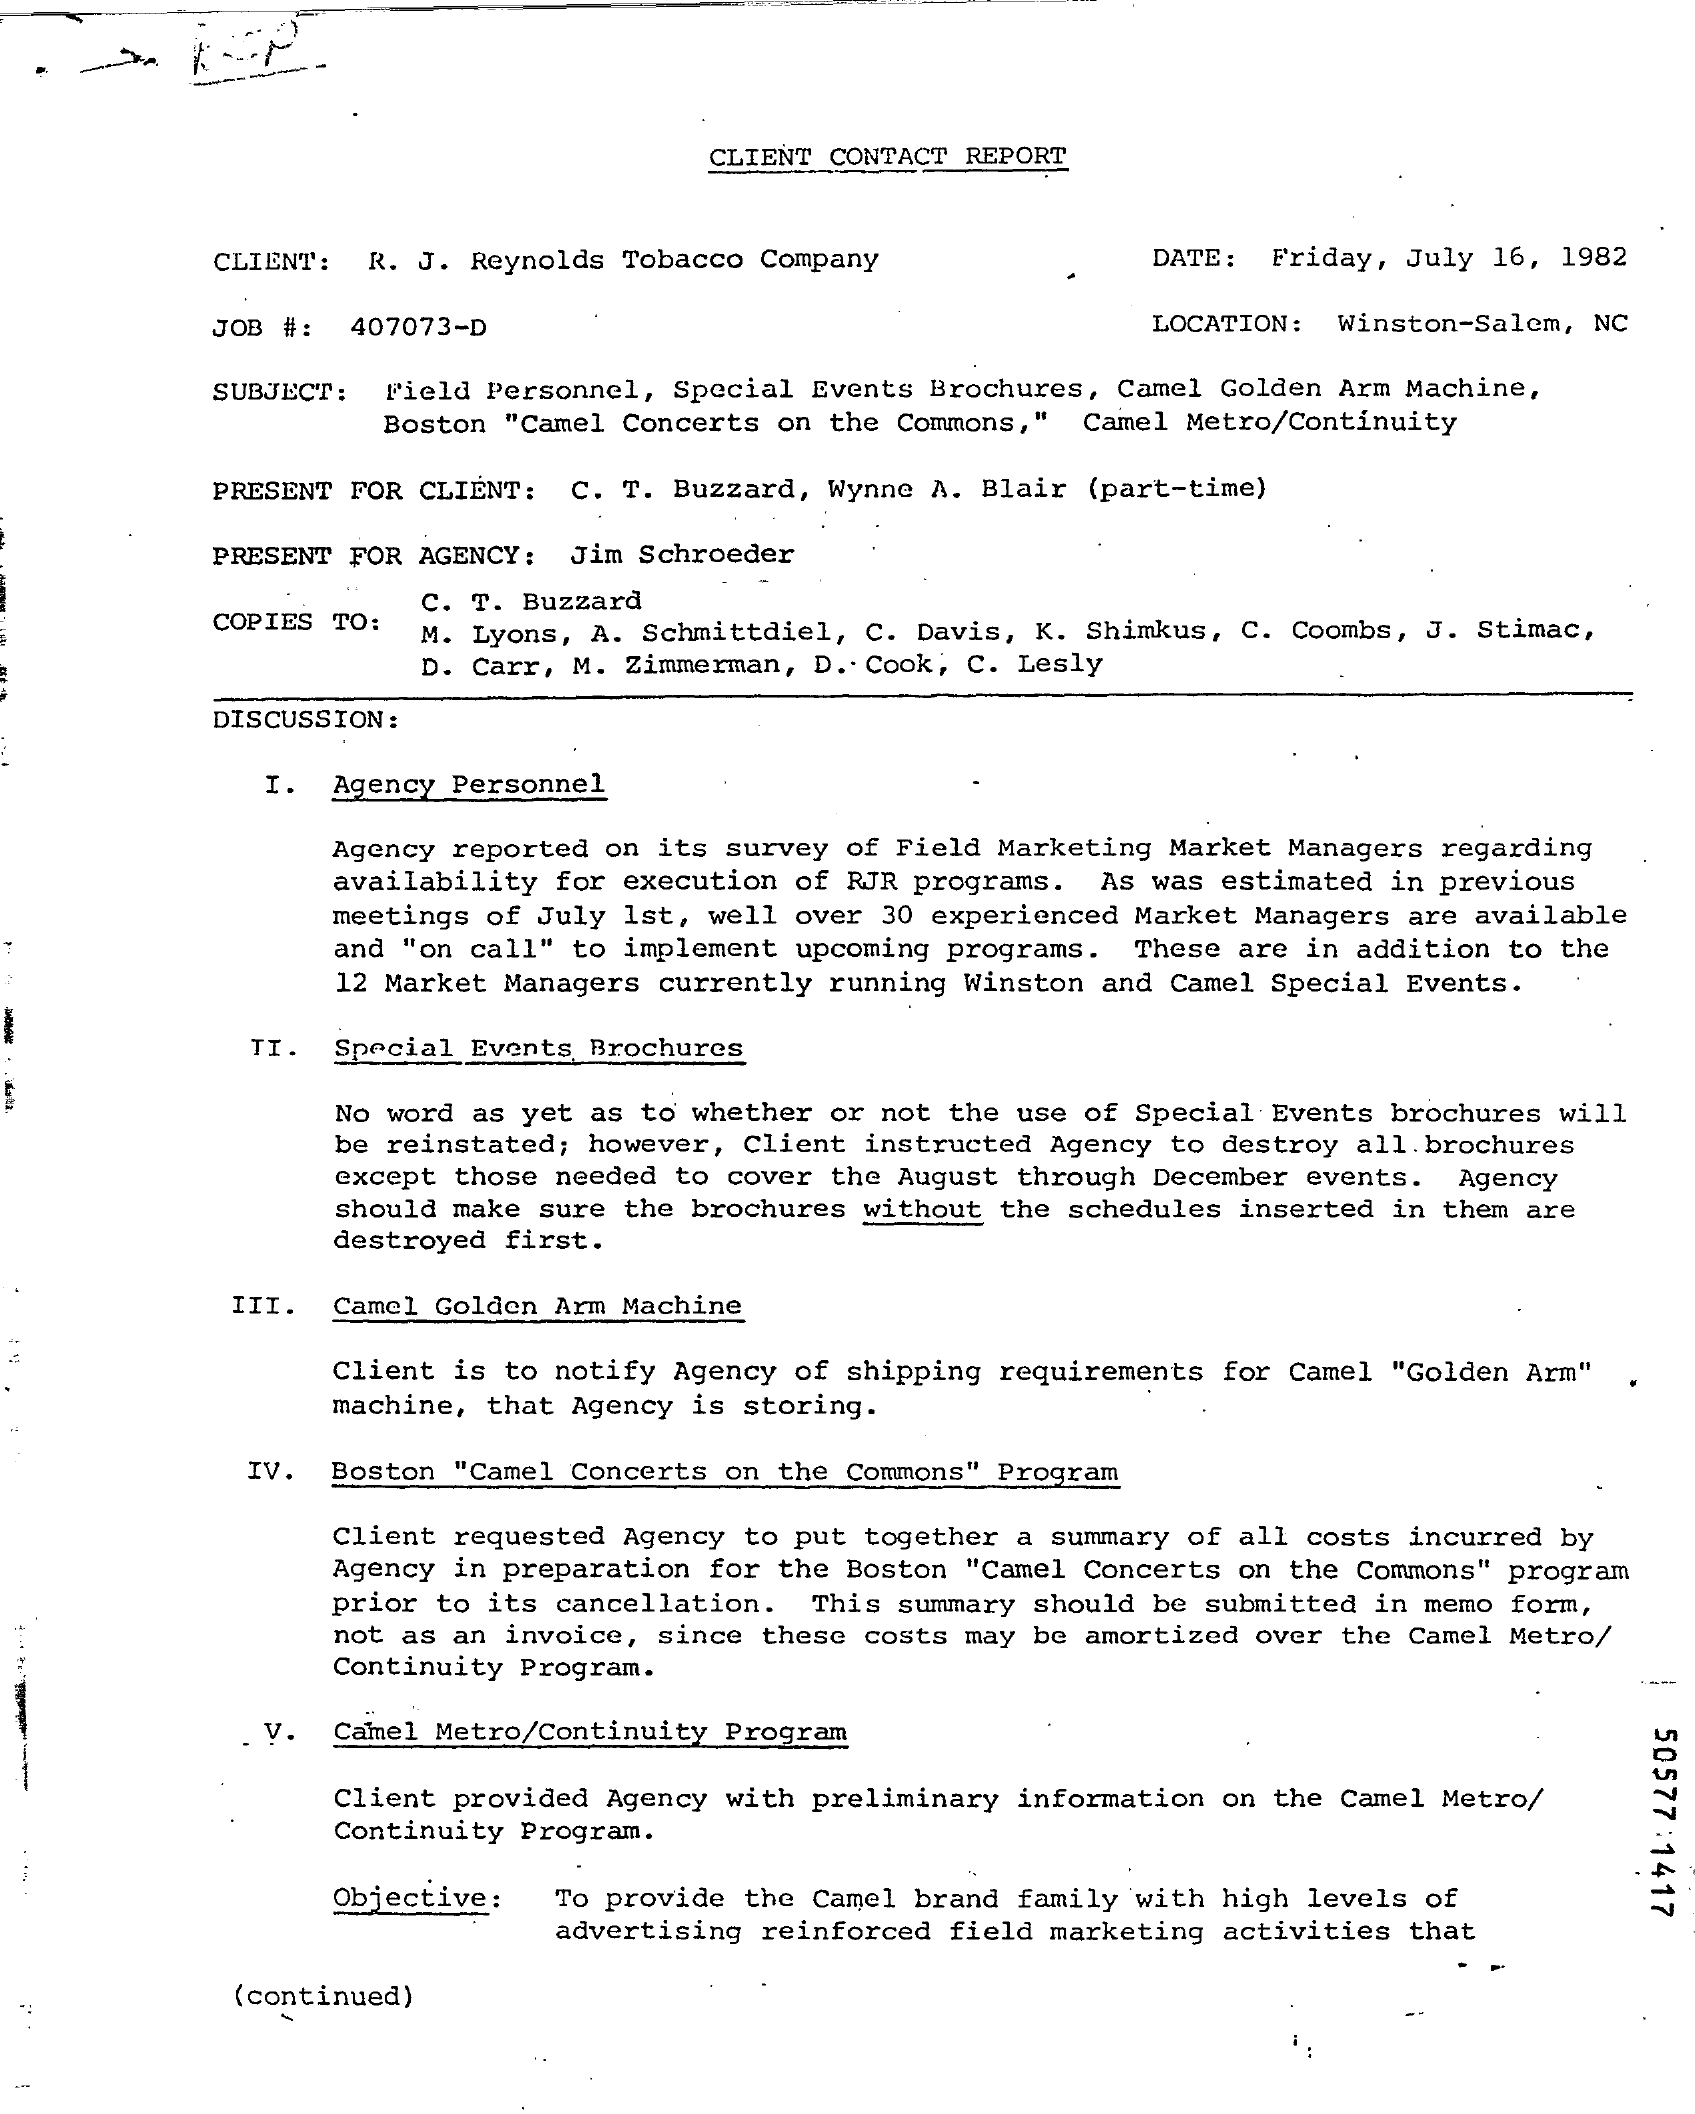
CLIENT CONTACT REPORT
     CLIENT: R. J. Reynolds Tobacco Company    DATE: Friday, July 16, 1982
     JOB #: 407073-D    LOCATION : Winston-Salem, NC
     SUBJECT: Field Personnel, Special Events Brochures, Camel Golden Arm Machine,
     Boston "Camel Concerts on the Commons," Camel Metro/Continuity
     PRESENT FOR CLIENT: C. T. Buzzard, Wynne A. Blair (part-time)
     PRESENT FOR AGENCY: Jim Schroeder
     COPIES TO:
     M. Lyons, A. Schmittdiel, C. Davis, K. Shimkus, C. Coombs, J. Stimac,
     C. T. Buzzard
     D. Carr, M. Zimmerman, D .. Cook; C. Lesly
     DISCUSSION:
     I. Agency Personnel
     Agency reported on its survey of Field Marketing Market Managers regarding
     availability for execution of RJR programs. As was estimated in previous
     meetings of July 1st, well over 30 experienced Market Managers are available
     and "on call" to implement upcoming programs. These are in addition to the
     12 Market Managers currently running Winston and Camel Special Events.
     TI. Special Events Brochures
     No word as yet as to whether or not the use of Special Events brochures will
     be reinstated; however, Client instructed Agency to destroy all. brochures
     except those needed to cover the August through December events.
     should make sure the brochures without the schedules inserted in them are
     Agency
     destroyed first.
     III. Camel Golden Arm Machine
     Client is to notify Agency of shipping requirements for Camel "Golden Arm"
     machine, that Agency is storing.
     IV. Boston "Camel Concerts on the Commons" Program
     Client requested Agency to put together a summary of all costs incurred by
     Agency in preparation for the Boston "Camel Concerts on the Commons" program
     prior to its cancellation. This summary should be submitted in memo form,
     not as an invoice, since these costs may be amortized over the Camel Metro/
     Continuity Program.
     ---
     V. Camel Metro/Continuity Program
     50577:1417
     Client provided Agency with preliminary information on the Camel Metro/
     Continuity Program.
     Objective:  To provide the Camel brand family with high levels of
     advertising reinforced field marketing activities that
     (continued)